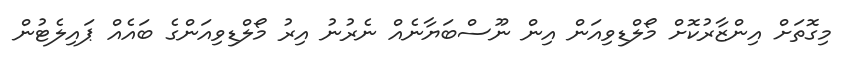
މިގޮތަށް އިންޒާރުކޮށް މޯލްޑިވިއަން އިން ނޫސްބަޔާނެއް ނެރުނު އިރު މޯލްޑިވިއަންގެ ބައެއް ޕައިލެޓުން